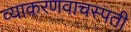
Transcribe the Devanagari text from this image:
व्याकरणवाचस्पती